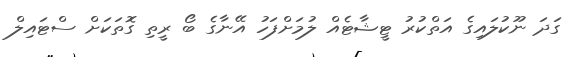
ގަދަ ނޫކުލައިގެ އަތްކުރު ޓީޝާޓެއް ލުމަށްފަހު އޭނާގެ ބޯ ރީތި ގޮތަކަށް ސްޓައިލް